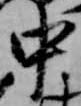
中